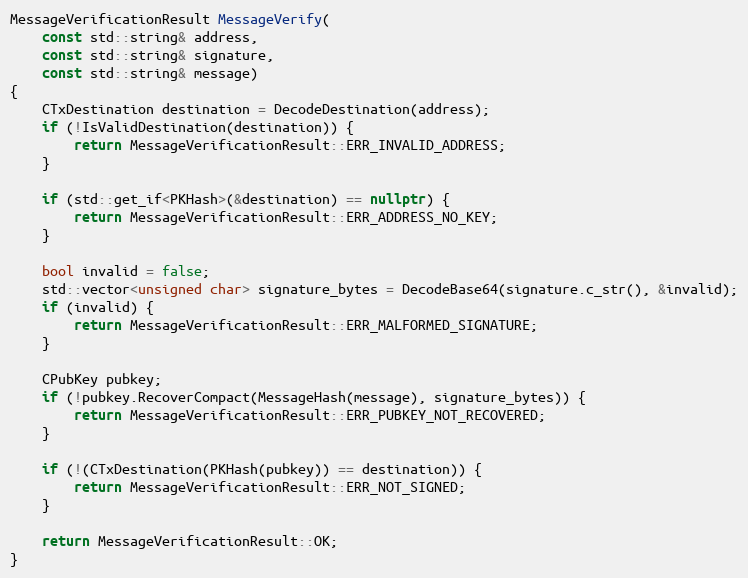
Language: C++
MessageVerificationResult MessageVerify(
    const std::string& address,
    const std::string& signature,
    const std::string& message)
{
    CTxDestination destination = DecodeDestination(address);
    if (!IsValidDestination(destination)) {
        return MessageVerificationResult::ERR_INVALID_ADDRESS;
    }

    if (std::get_if<PKHash>(&destination) == nullptr) {
        return MessageVerificationResult::ERR_ADDRESS_NO_KEY;
    }

    bool invalid = false;
    std::vector<unsigned char> signature_bytes = DecodeBase64(signature.c_str(), &invalid);
    if (invalid) {
        return MessageVerificationResult::ERR_MALFORMED_SIGNATURE;
    }

    CPubKey pubkey;
    if (!pubkey.RecoverCompact(MessageHash(message), signature_bytes)) {
        return MessageVerificationResult::ERR_PUBKEY_NOT_RECOVERED;
    }

    if (!(CTxDestination(PKHash(pubkey)) == destination)) {
        return MessageVerificationResult::ERR_NOT_SIGNED;
    }

    return MessageVerificationResult::OK;
}